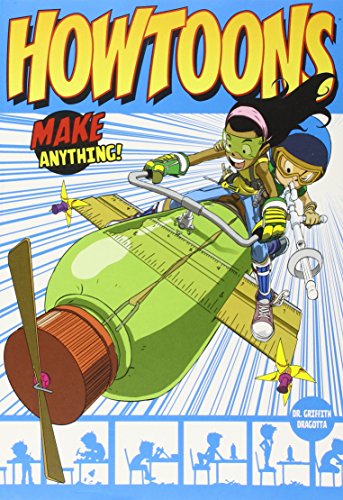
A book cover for Howtoons: Tools of Mass Construction; Saul, Dr. Griffith; Children's Books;